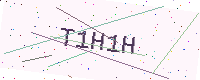
Text: T1H1H